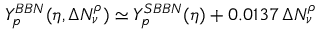
Y _ { p } ^ { B B N } ( \eta , \Delta N _ { \nu } ^ { \rho } ) \simeq Y _ { p } ^ { S B B N } ( \eta ) + 0 . 0 1 3 7 \, \Delta N _ { \nu } ^ { \rho }